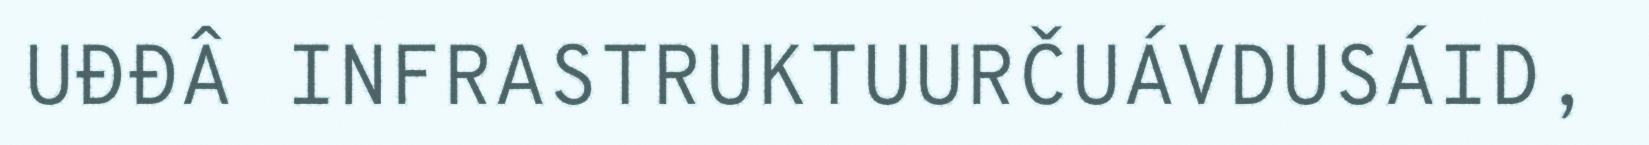
UĐĐÂ INFRASTRUKTUURČUÁVDUSÁID,